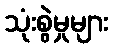
သုံးစွဲမှုများ